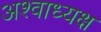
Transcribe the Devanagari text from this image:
अश्वाध्यक्ष